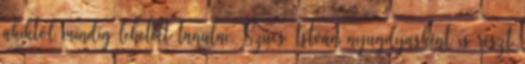
akiktôl mindig lehetett tanulni. Szûcs István nyugdíjasként is részt